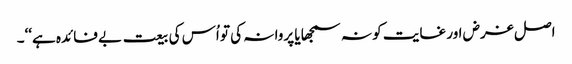
اصل غرض اور غایت کو نہ سمجھا یا پروا نہ کی تو اُس کی بیعت بے فائدہ ہے‘‘۔